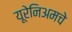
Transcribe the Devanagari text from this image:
यूरेनिअमचे